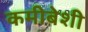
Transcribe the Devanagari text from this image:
कमीबेशी